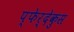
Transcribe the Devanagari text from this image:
प्फेर्देकुस